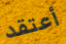
أعتقد